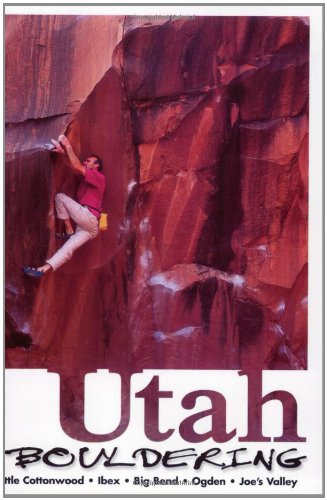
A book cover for Utah Bouldering; Chris Grijalva; Travel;